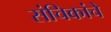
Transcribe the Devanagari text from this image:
संचिकांचे